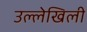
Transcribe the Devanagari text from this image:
उल्लेखिली